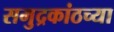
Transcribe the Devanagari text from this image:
समुद्रकांठच्या